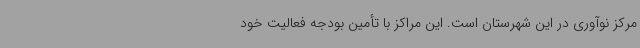
مرکز نوآوری در این شهرستان است. این مراکز با تأمین بودجه فعالیت خود